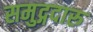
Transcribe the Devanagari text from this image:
समुद्गदारु